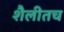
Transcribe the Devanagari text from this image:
शैलीतच